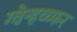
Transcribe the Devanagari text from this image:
ग्वेन्हव्य्फर